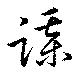
謀